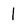
Character: l